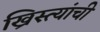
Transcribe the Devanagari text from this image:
ख्रिस्त्यांची